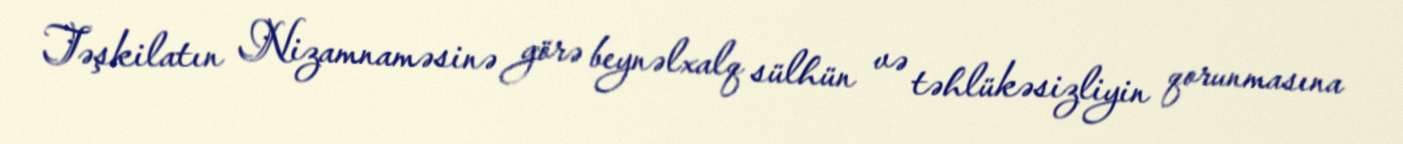
Təşkilatın Nizamnaməsinə görə beynəlxalq sülhün və təhlükəsizliyin qorunmasına